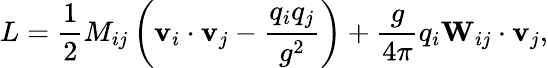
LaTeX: L=\frac{1}{2}M_{ij}\left({\mathbf v}_{i}\cdot{\mathbf v}_{j}-{\frac{q_{i}q_{j}}{g^{2}}}\right)+\frac{g}{4\pi}q_{i}{\mathbf W}_{ij}\cdot{\mathbf v}_{j},